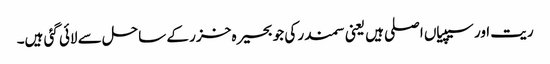
ریت اور سیپیاں اصلی ہیں یعنی سمندر کی جو بحیرہ خزر کے ساحل سے لائی گئی ہیں۔